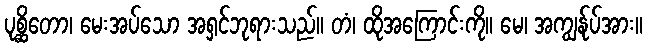
ပုစ္ဆိတော၊ မေးအပ်သော အရှင်ဘုရားသည်။ တံ၊ ထိုအကြောင်းကို။ မေ၊ အကျွန်ုပ်အား။